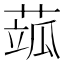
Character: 𦶍